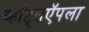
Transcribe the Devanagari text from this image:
व्हॉट्सऍपला